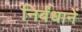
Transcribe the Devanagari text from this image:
निर्बंधानें